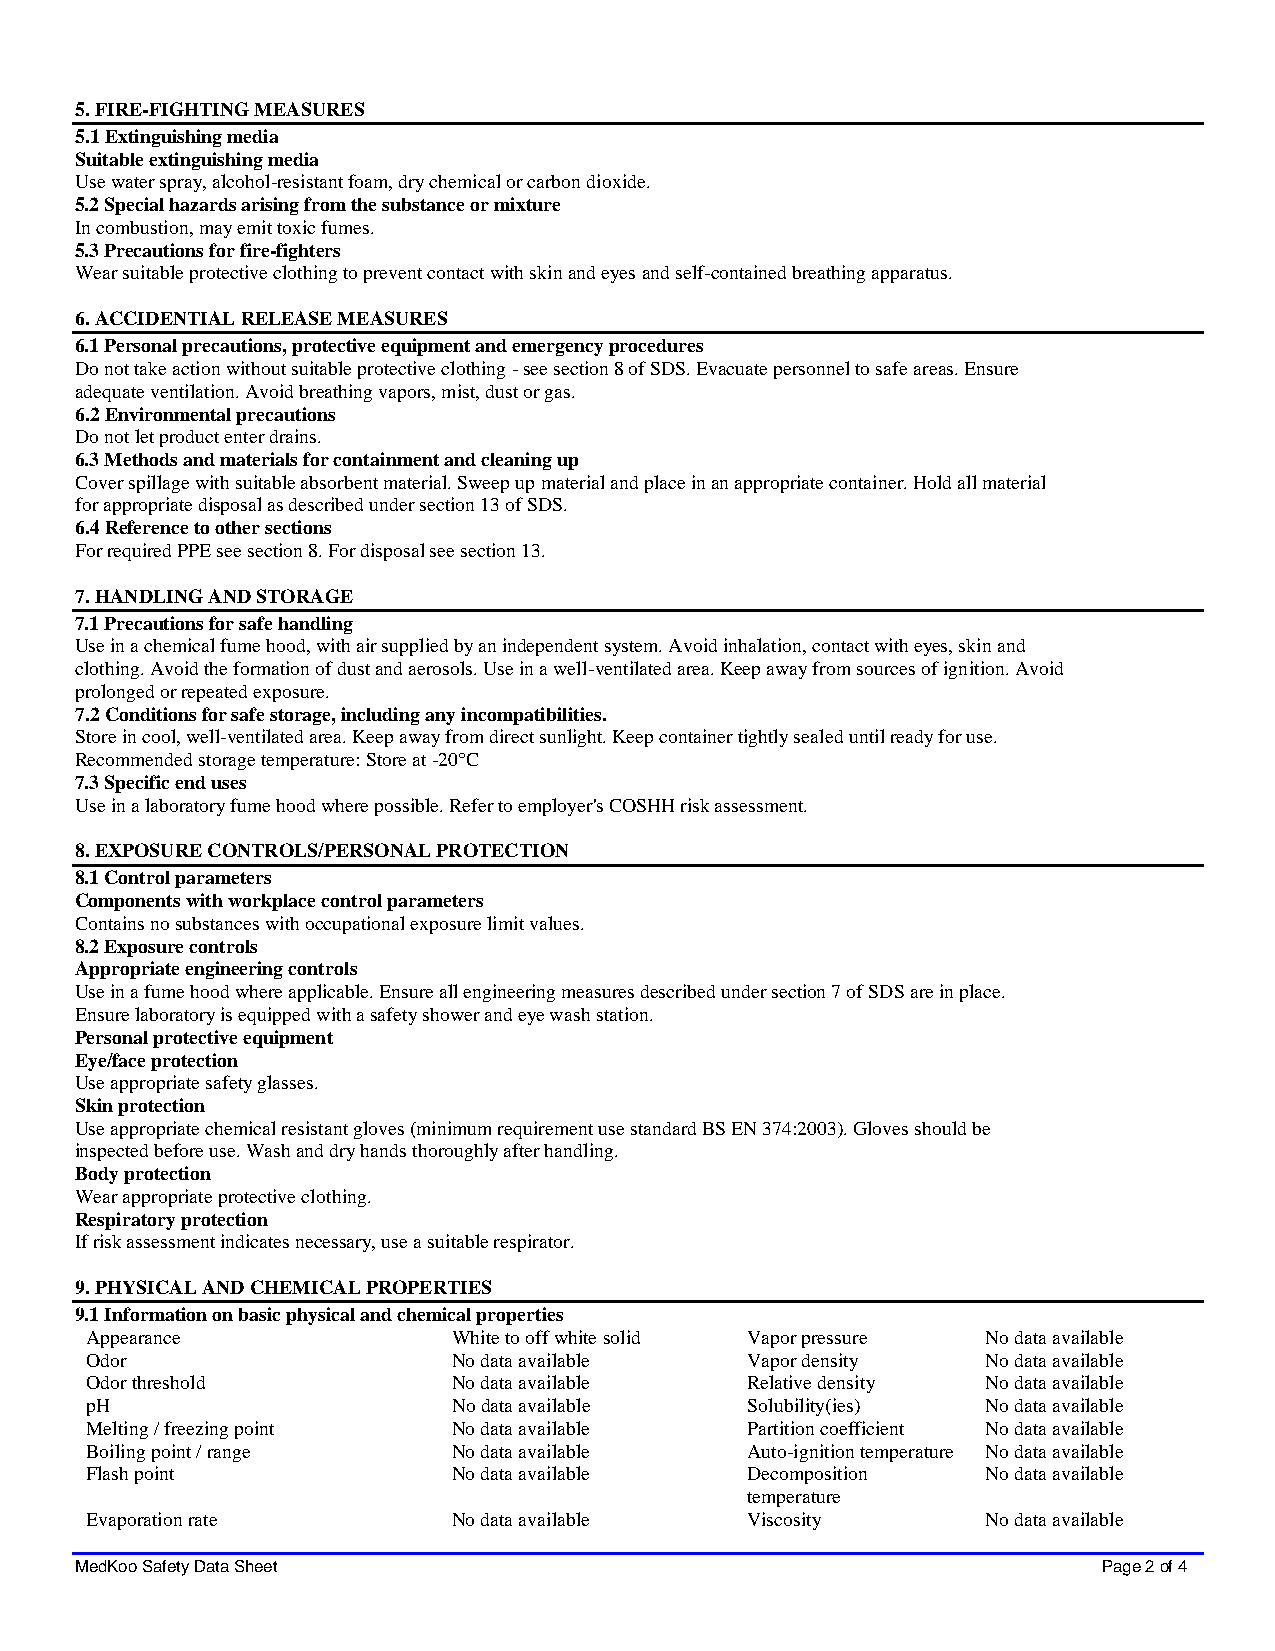
5. FIRE-FIGHTING MEASURES
 5.1 Extinguishing media
 Suitable extinguishing media
 Use water spray, alcohol-resistant foam, dry chemical or carbon dioxide.
 5.2 Special hazards arising from the substance or mixture
 In combustion, may emit toxic fumes.
 5.3 Precautions for fire-fighters
 Wear suitable protective clothing to prevent contact with skin and eyes and self-contained breathing apparatus.
 6. ACCIDENTIAL RELEASE MEASURES
 6.1 Personal precautions, protective equipment and emergency procedures
 Do not take action without suitable protective clothing - see section 8 of SDS. Evacuate personnel to safe areas. Ensure
 adequate ventilation. Avoid breathing vapors, mist, dust or gas.
 6.2 Environmental precautions
 Do not let product enter drains.
 6.3 Methods and materials for containment and cleaning up
 Cover spillage with suitable absorbent material. Sweep up material and place in an appropriate container. Hold all material
 for appropriate disposal as described under section 13 of SDS.
 6.4 Reference to other sections
 For required PPE see section 8. For disposal see section 13.
 7. HANDLING AND STORAGE
 7.1 Precautions for safe handling
 Use in a chemical fume hood, with air supplied by an independent system. Avoid inhalation, contact with eyes, skin and
 clothing. Avoid the formation of dust and aerosols. Use in a well-ventilated area. Keep away from sources of ignition. Avoid
 prolonged or repeated exposure.
 7.2 Conditions for safe storage, including any incompatibilities.
 Store in cool, well-ventilated area. Keep away from direct sunlight. Keep container tightly sealed until ready for use.
 Recommended storage temperature: Store at -20°C
 7.3 Specific end uses
 Use in a laboratory fume hood where possible. Refer to employer's COSHH risk assessment.
 8. EXPOSURE CONTROLS/PERSONAL PROTECTION
 8.1 Control parameters
 Components with workplace control parameters
 Contains no substances with occupational exposure limit values.
 8.2 Exposure controls
 Appropriate engineering controls
 Use in a fume hood where applicable. Ensure all engineering measures described under section 7 of SDS are in place.
 Ensure laboratory is equipped with a safety shower and eye wash station.
 Personal protective equipment
 Eye/face protection
 Use appropriate safety glasses.
 Skin protection
 Use appropriate chemical resistant gloves (minimum requirement use standard BS EN 374:2003). Gloves should be
 inspected before use. Wash and dry hands thoroughly after handling.
 Body protection
 Wear appropriate protective clothing.
 Respiratory protection
 If risk assessment indicates necessary, use a suitable respirator.
 9. PHYSICAL AND CHEMICAL PROPERTIES
 9.1 Information on basic physical and chemical properties
 Appearance              White to off white solid Vapor pressure No data available
 Odor                    No data available  Vapor density   No data available
 Odor threshold          No data available  Relative density No data available
 pH                      No data available  Solubility(ies) No data available
 Melting / freezing point No data available Partition coefficient No data available
 Boiling point / range   No data available  Auto-ignition temperature No data available
 Flash point             No data available  Decomposition   No data available
 temperature
 Evaporation rate        No data available  Viscosity       No data available
 MedKoo Safety Data Sheet                                            Page 2 of 4